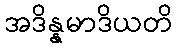
အဒိန္နမာဒိယတိ